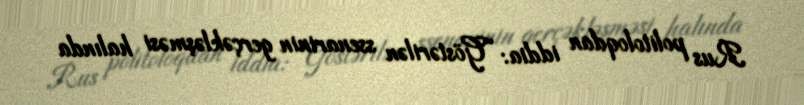
Rus politoloqdan iddia: “Göstərilən ssenarinin gerçəkləşməsi halında